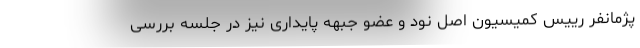
پژمانفر رییس کمیسیون اصل نود و عضو جبهه پایداری نیز در جلسه بررسی